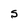
Character: S